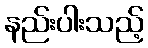
နည်းပါးသည့်